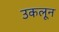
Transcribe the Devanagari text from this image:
उकलून